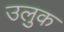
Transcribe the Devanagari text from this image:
उलुक